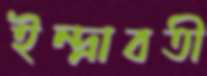
ইন্দ্রাবতী